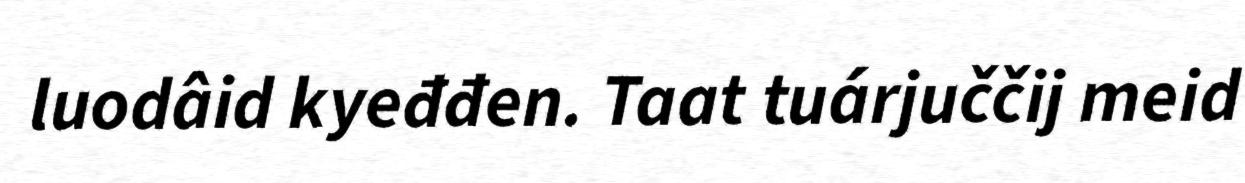
luodâid kyeđđen. Taat tuárjuččij meid